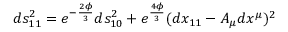
d s _ { 1 1 } ^ { 2 } = e ^ { - { \frac { 2 \phi } { 3 } } } d s _ { 1 0 } ^ { 2 } + e ^ { \frac { 4 \phi } { 3 } } ( d x _ { 1 1 } - A _ { \mu } d x ^ { \mu } ) ^ { 2 }